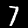
Digit: 7